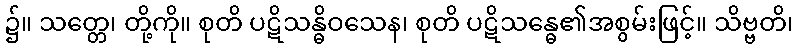
၌။ သတ္တေ၊ တို့ကို။ စုတိ ပဋိသန္ဓိဝသေန၊ စုတိ ပဋိသန္ဓေ၏အစွမ်းဖြင့်။ သိဗ္ဗတိ၊